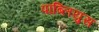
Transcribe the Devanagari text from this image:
पाब्लियुस